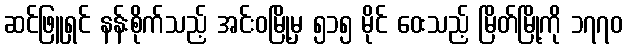
ဆင်ဖြူရှင် နန်းစိုက်သည့် အင်းဝမြို့မှ ၅၁၅ မိုင် ဝေးသည့် မြိတ်မြို့ကို ၁၇၇၀